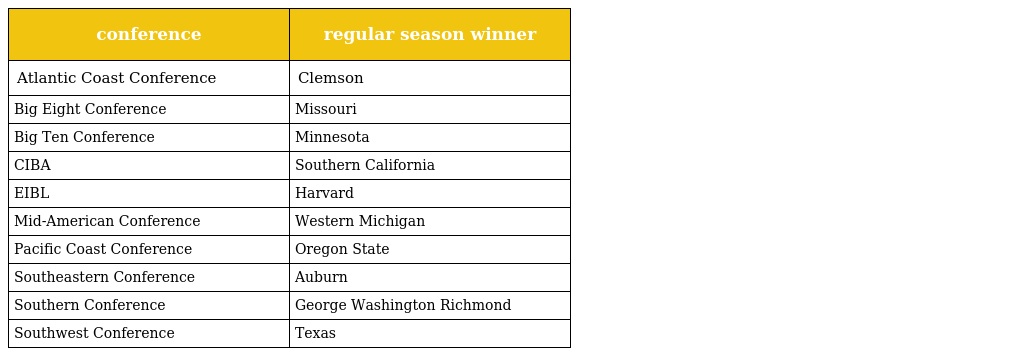
| conference | regular season winner |
 | --- | --- |
 | Atlantic Coast Conference | Clemson |
 | Big Eight Conference | Missouri |
 | Big Ten Conference | Minnesota |
 | CIBA | Southern California |
 | EIBL | Harvard |
 | Mid-American Conference | Western Michigan |
 | Pacific Coast Conference | Oregon State |
 | Southeastern Conference | Auburn |
 | Southern Conference | George Washington Richmond |
 | Southwest Conference | Texas |